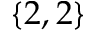
\{ 2 , 2 \}